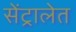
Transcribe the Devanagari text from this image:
सेंट्रालेत